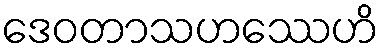
ဒေဝတာသဟဿေဟိ